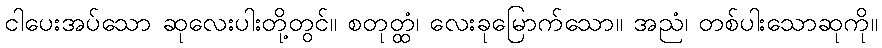
ငါပေးအပ်သော ဆုလေးပါးတို့တွင်။ စတုတ္ထံ၊ လေးခုမြောက်သော။ အညံ၊ တစ်ပါးသောဆုကို။